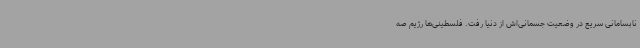
نابسامانی سریع در وضعیت جسمانی‌اش از دنیا رفت. فلسطینی‌ها رژیم صه